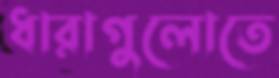
ধারাগুলোতে